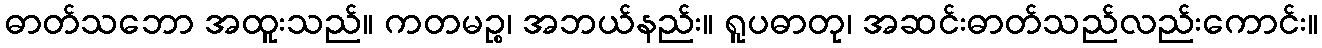
ဓာတ်သဘော အထူးသည်။ ကတမဉ္စ၊ အဘယ်နည်း။ ရူပဓာတု၊ အဆင်းဓာတ်သည်လည်းကောင်း။